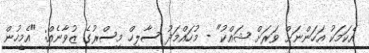
އެކަމަކު އަހަންނަށް ވަރަށް ޝައްކު" - މުހައްމަދު ސާލިހް މިސްރުގެ ޒުވާނެއް: "އެމީހުން